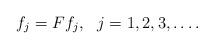
LaTeX: \begin{align*}f_j=Ff_j,\ \ j=1,2,3,\ldots.\end{align*}